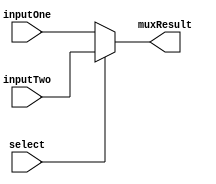
`timescale 1ns / 1ps

module Mux2To1(inputOne, inputTwo, select, muxResult);

	input [31:0] inputOne;
	input [31:0] inputTwo;
	input select;
	
	output [31:0] muxResult;
	
	assign muxResult = (select) ? inputTwo : inputOne;


endmodule